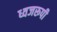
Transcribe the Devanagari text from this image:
ध्वजरूपी